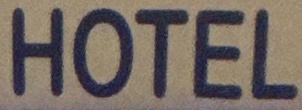
HOTEL